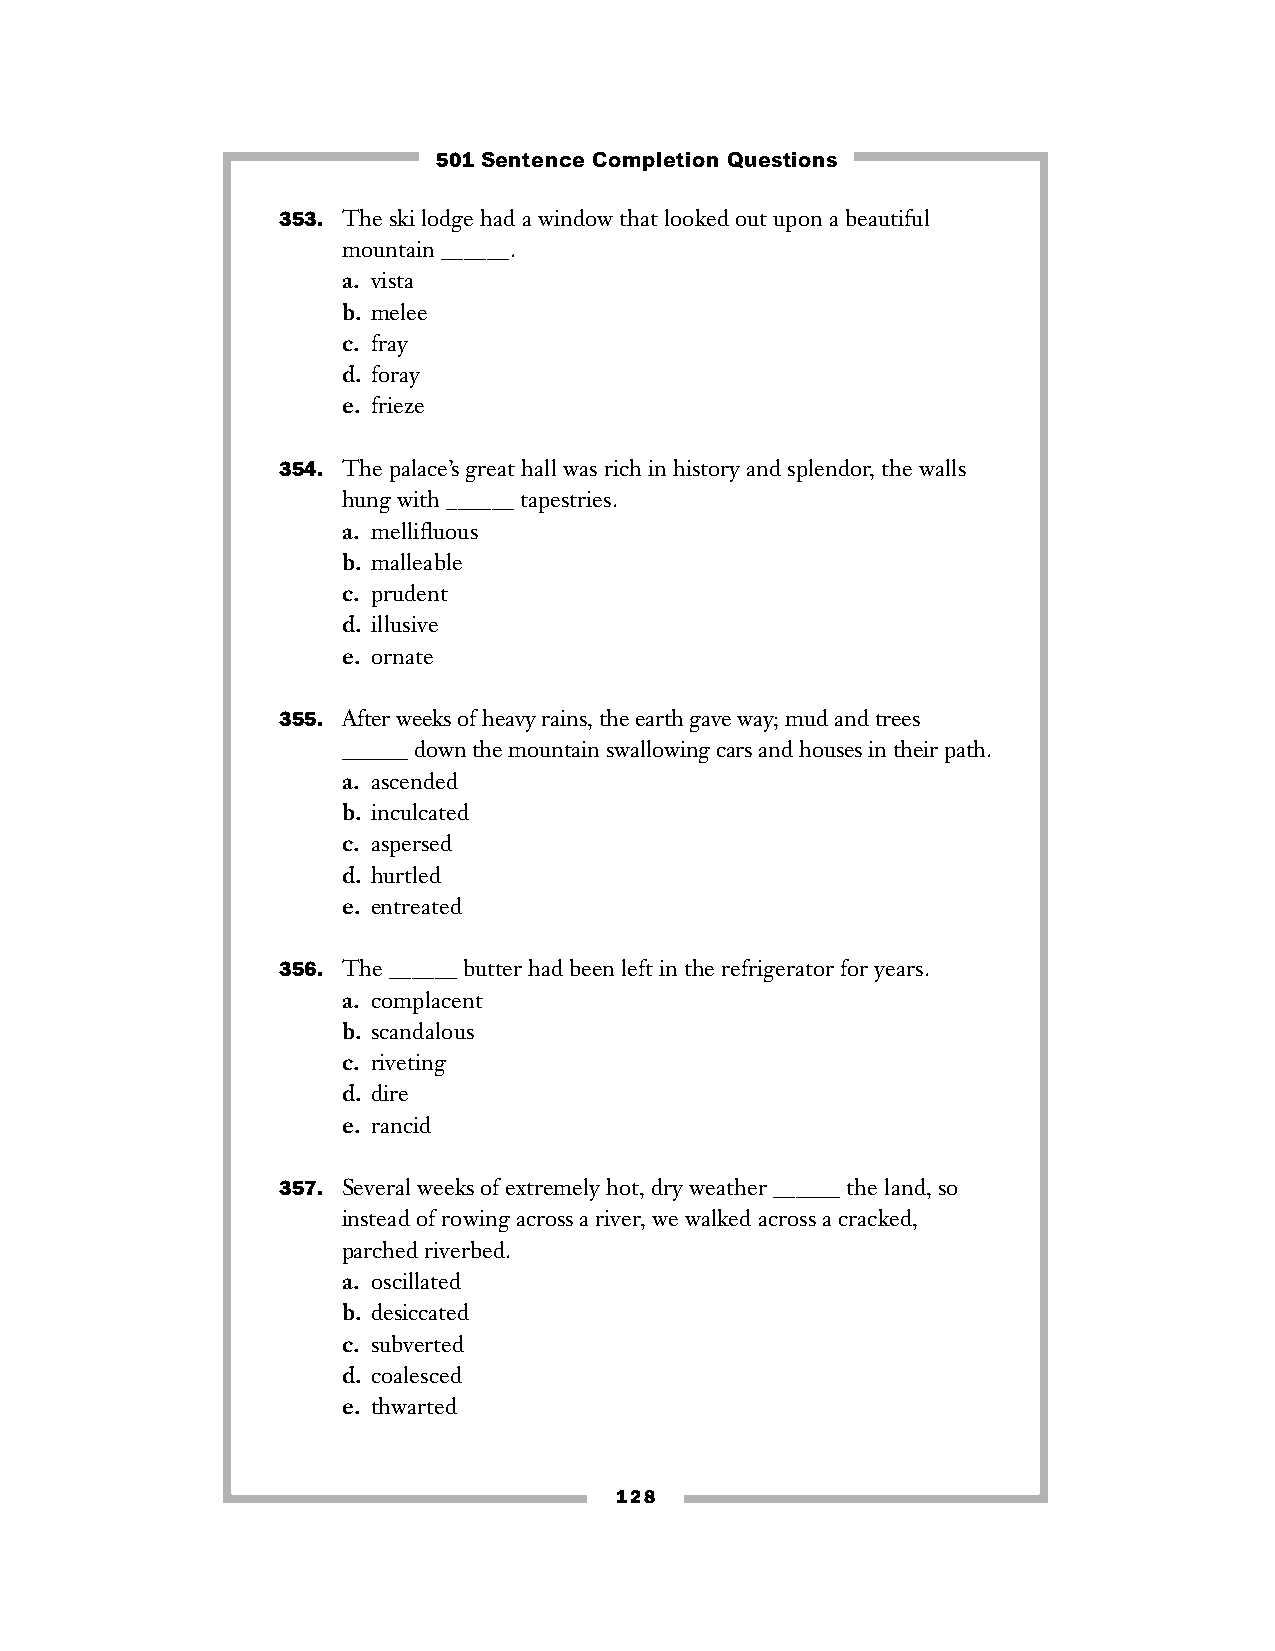
501 Sentence Completion Questions
 353. The ski lodge had a window that looked out upon a beautiful
 mountain ______.
 a. vista
 b. melee
 c. fray
 d. foray
 e. frieze
 354. The palace’s great hall was rich in history and splendor, the walls
 hung with ______ tapestries.
 a. mellifluous
 b. malleable
 c. prudent
 d. illusive
 e. ornate
 355. After weeks of heavy rains, the earth gave way; mud and trees
 ______ down the mountain swallowing cars and houses in their path.
 a. ascended
 b. inculcated
 c. aspersed
 d. hurtled
 e. entreated
 356. The ______ butter had been left in the refrigerator for years.
 a. complacent
 b. scandalous
 c. riveting
 d. dire
 e. rancid
 357. Several weeks of extremely hot, dry weather ______ the land, so
 instead of rowing across a river, we walked across a cracked,
 parched riverbed.
 a. oscillated
 b. desiccated
 c. subverted
 d. coalesced
 e. thwarted
 128